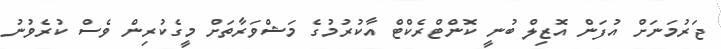
ޖަރުމަނަށް އުފަން އޮޒިލް ބުނީ ކޮންޓްރެކްޓް އާކުރުމުގެ މަޝްވަރާތަށް މީގެކުރިން ވެސް ކުރެވުނު